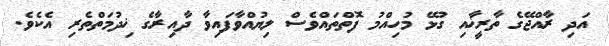
އަދި ރާއްޖޭގެ ތާރީޚާއި ގުޅޭ މުހިއްމު ފޮތްތައްވެސް ލިޔުއްވާފައިވާ ދާއިރާގެ ޚިދުމަތްތެރި އެކެވެ.